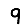
Digit: 9